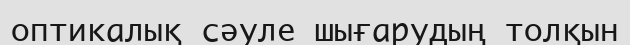
оптикалық сәуле шығарудың толқын